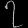
Digit: ၇